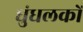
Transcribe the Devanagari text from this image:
धुंधलकों